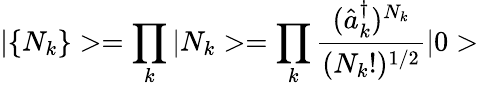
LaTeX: |\{ N_{k}\} >=\prod_{k}|N_{k}>=\prod_{k}\frac{(\hat{a}_{k}^{\dagger})^{N_{k}}}{(N_{k}!)^{1/2}}|0>